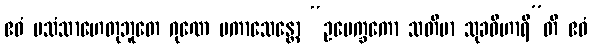
ဧဝံ ပသံသာဟေတုဘူတေ ဂုဏေ ပကာသေန္တော “ဥပေက္ခကော သတိမာ သုခဝိဟာရီ”တိ ဧဝံ